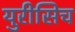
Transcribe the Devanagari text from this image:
युरीसिच